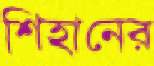
শিহানের